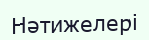
Нәтижелері